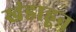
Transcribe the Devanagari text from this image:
खंडाहून